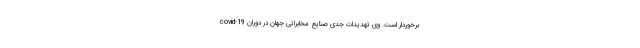
برخوردار است. وی تهدیدات جدی صنایع مخابراتی جهان در دوران covid-19